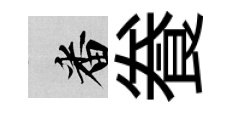
番飬